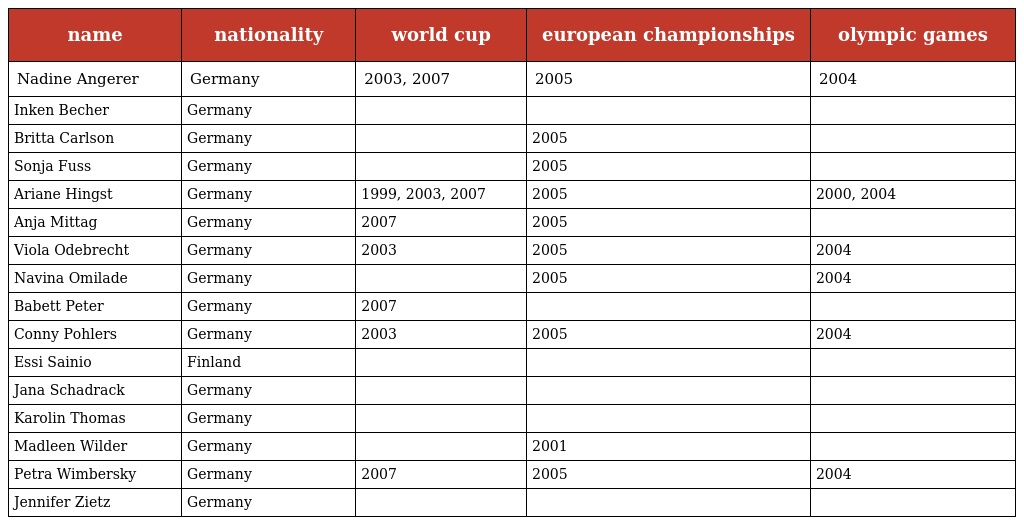
| name | nationality | world cup | european championships | olympic games |
 | --- | --- | --- | --- | --- |
 | Nadine Angerer | Germany | 2003, 2007 | 2005 | 2004 |
 | Inken Becher | Germany |  |  |  |
 | Britta Carlson | Germany |  | 2005 |  |
 | Sonja Fuss | Germany |  | 2005 |  |
 | Ariane Hingst | Germany | 1999, 2003, 2007 | 2005 | 2000, 2004 |
 | Anja Mittag | Germany | 2007 | 2005 |  |
 | Viola Odebrecht | Germany | 2003 | 2005 | 2004 |
 | Navina Omilade | Germany |  | 2005 | 2004 |
 | Babett Peter | Germany | 2007 |  |  |
 | Conny Pohlers | Germany | 2003 | 2005 | 2004 |
 | Essi Sainio | Finland |  |  |  |
 | Jana Schadrack | Germany |  |  |  |
 | Karolin Thomas | Germany |  |  |  |
 | Madleen Wilder | Germany |  | 2001 |  |
 | Petra Wimbersky | Germany | 2007 | 2005 | 2004 |
 | Jennifer Zietz | Germany |  |  |  |